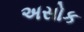
અસોક